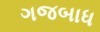
ગજબાધ